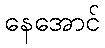
နေအောင်